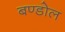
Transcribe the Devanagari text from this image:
बण्डोल